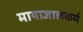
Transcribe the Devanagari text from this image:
मायाजालकर्म